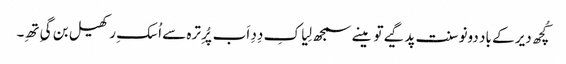
کُچھ دیر کے باد دونو سنت پد گیے تو مینے سمجھ لِیا کِ دِدِ اَب پُرِ ترہ سے اُسکِ رکھیل بن گیِ تھِ۔